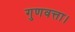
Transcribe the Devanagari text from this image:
गुणवत्ता।